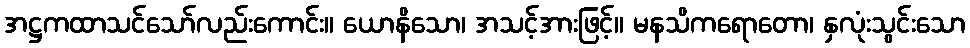
အဋ္ဌကထာသင်သော်လည်းကောင်း။ ယောနိသော၊ အသင့်အားဖြင့်။ မနသိကရောတော၊ နှလုံးသွင်းသော